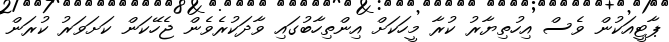
ޕާޓީއަކުން ވެސް އިހުތިޔާރު ކުރާ މީހަކަށް އިންތިހާބުގައި ވާދަކުރެވެން ޖެހޭކަން ކަށަވަރު ކުރަން